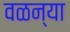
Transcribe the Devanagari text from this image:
वळन्या